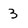
Character: 3